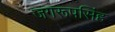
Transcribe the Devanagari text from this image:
जगरूपसिंह